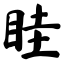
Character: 眭